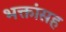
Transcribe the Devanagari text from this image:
भक्तांसह